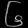
Digit: ၆